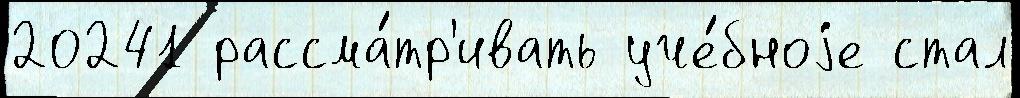
20241 рассма́тр'ивать уче́бноjе стал